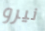
نيرو